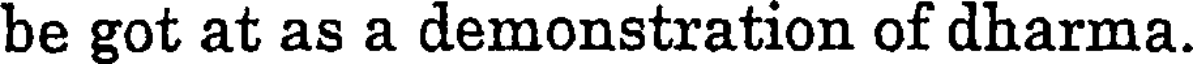
be got at as a demonstration of dharma.